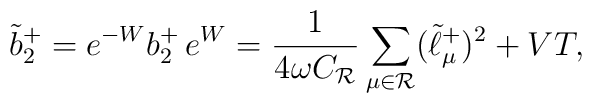
\tilde{b}_2^+=e^{-W}b_2^+\,e^W={1\over{4\omega C_{\cal   R}}}\sum_{\mu\in{\cal R}}(\tilde{\ell}_{\mu}^+)^2+VT,